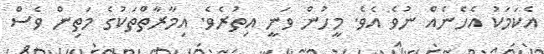
އެކަމަކު އެހެނެއް ނުވެ އެވެ. މީހުން ވަނީ އިތުރެވެ. އިމާރާތްތަކުގެ މަތިން ވެސް